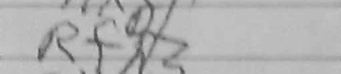
Transcription: Rfh3